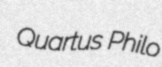
Quartus Philo